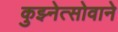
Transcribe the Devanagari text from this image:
कुझ्नेत्सोवाने